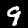
Label: 9